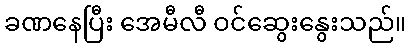
ခဏနေပြီး အေမီလီ ဝင်ဆွေးနွေးသည်။